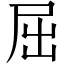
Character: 屈